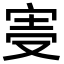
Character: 𡨊